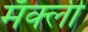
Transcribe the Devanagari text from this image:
मॅक्ली